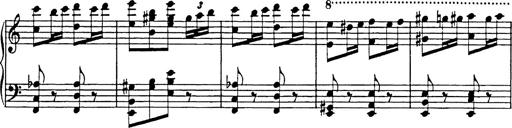
Title: Galop in A minor
Composer: Franz Liszt
Key: A minor